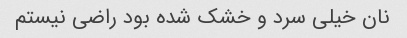
نان خیلی سرد و خشک شده بود راضی نیستم